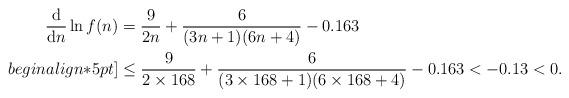
LaTeX: \begin{align*}\frac{\mathrm{d}}{\mathrm{d}n} \ln{f(n)}&=\frac{9}{2n}+\frac{6}{(3n+1)(6n+4)}-0.163\\begin{align*}5pt]&\leq\frac{9}{2\times168}+\frac{6}{(3\times168+1)(6\times168+4)}-0.163< -0.13<0.\end{align*}